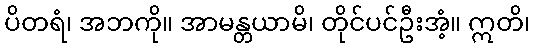
ပိတရံ၊ အဘကို။ အာမန္တယာမိ၊ တိုင်ပင်ဦးအံ့။ ဣတိ၊